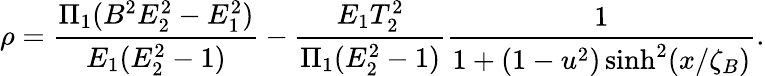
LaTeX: \rho=\frac{\Pi_{1}(B^{2}E_{2}^{2}-E_{1}^{2})}{E_{1}(E_{2}^{2}-1)}-\frac{E_{1}T_{2}^{2}}{\Pi_{1}(E_{2}^{2}-1)}\frac{1}{1+(1-u^{2})\sinh^{2}(x/\zeta_{B})}.